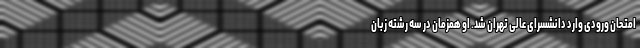
امتحان ورودی وارد دانشسرای عالی تهران شد. او همزمان در سه رشته زبان